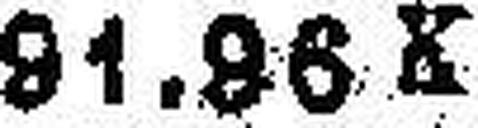
91.86 K